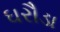
ઘરૌડા